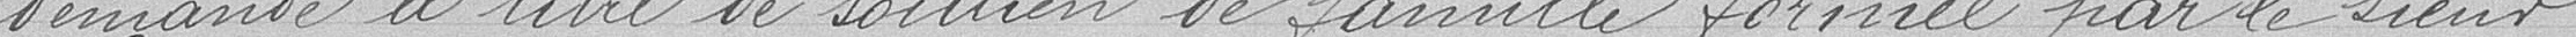
demande à titre de soutien de famille, formée par le Sieur